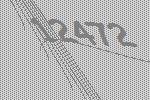
12472